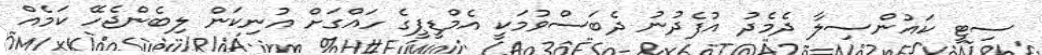
ސިޓީ ކައުންސިލާ ދެމެދު އުފެދުނު ދެބަސްވުމަކީ އެމްޑީޕީގެ ހައްގަށް އުނިކަން ލިބެންޖެހޭ ކަމެއް